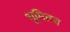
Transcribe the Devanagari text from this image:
भूमितच